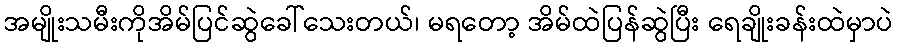
အမျိုးသမီးကိုအိမ်ပြင်ဆွဲခေါ်သေးတယ်၊ မရတော့ အိမ်ထဲပြန်ဆွဲပြီး ရေချိုးခန်းထဲမှာပဲ